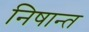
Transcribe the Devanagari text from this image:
निषान्त